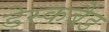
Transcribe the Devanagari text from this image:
डेस्कबैंड